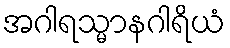
အဂါရသ္မာနဂါရိယံ